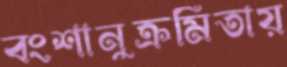
বংশানুক্রমিতায়